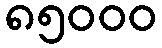
၈၅၀၀၀